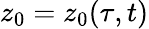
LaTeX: z_{0}=z_{0}(\tau,t)